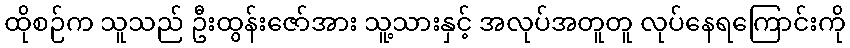
ထိုစဉ်က သူသည် ဦးထွန်းဇော်အား သူ့သားနှင့် အလုပ်အတူတူ လုပ်နေရကြောင်းကို